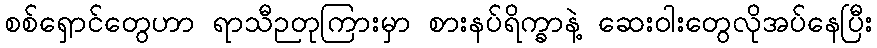
စစ်ရှောင်တွေဟာ ရာသီဉတုကြားမှာ စားနပ်ရိက္ခာနဲ့ ဆေးဝါးတွေလိုအပ်နေပြီး